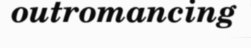
outromancing